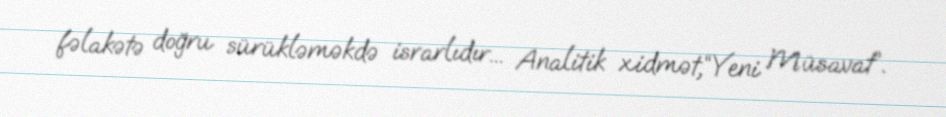
fəlakətə doğru sürükləməkdə israrlıdır... Analitik xidmət,“Yeni Müsavat”.